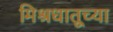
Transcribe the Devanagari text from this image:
मिश्रधातूच्या